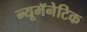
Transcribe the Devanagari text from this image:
न्यूमॅनेटिक